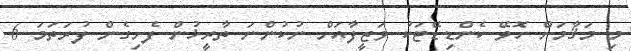
މި މަޤާމަށް ހޮވޭ ކެންޑިޑޭޓަކު ވަޒީފާއަށް ނުކުންނަ ތާރީޚުން ފެށިގެން ފުރަތަމަ 6